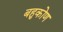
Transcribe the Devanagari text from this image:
बहुकोण